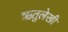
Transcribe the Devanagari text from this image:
ऋतुलेखी